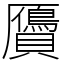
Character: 贗